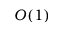
O ( 1 )